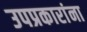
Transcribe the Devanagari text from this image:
उपप्रकारांना